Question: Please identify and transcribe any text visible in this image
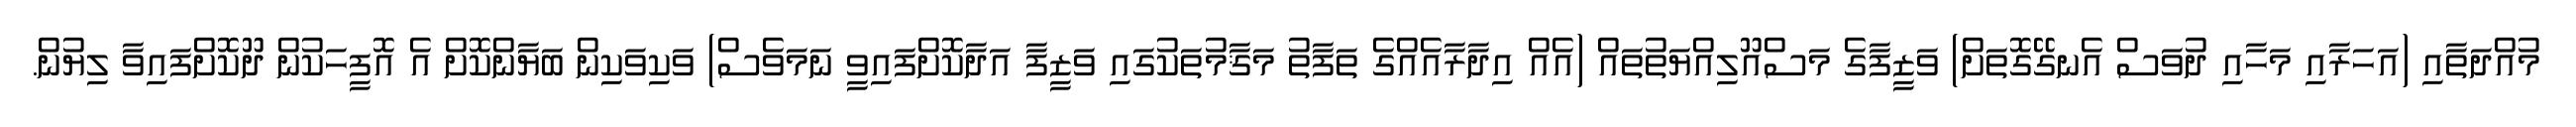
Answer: މުއްދަތާއި (އަހަރާއި މަހާއި ދުވަސް އެނގޭގޮތަށް) ވަޒީފާގެ މަސްއޫލިއްޔަތުތައް (އެއް އިދާރާއެއްގެ ތަފާތު މަޤާމުތަކުގައި ވަޒީފާ އަދާކޮށްފައިވީ ނަމަވެސް) ވަކިވަކިން ބަޔާންކޮށް އެ އޮފީހަކުން ދޫކޮށްފައިވާ ލިޔުން.